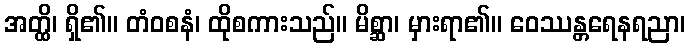
အတ္ထိ၊ ရှိ၏။ တံဝစနံ၊ ထိုစကားသည်။ မိစ္ဆာ၊ မှားရာ၏။ ဝေဿန္တရေနရညာ၊